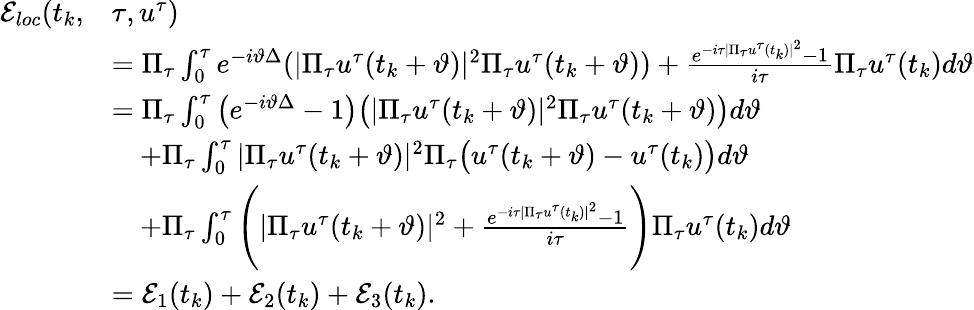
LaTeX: \begin{array}{rl}{\mathcal{E}_{loc}(t_{k},}&{\tau,u^{\tau})}\\ &{=\Pi_{\tau}\int_{0}^{\tau}e^{-i\vartheta\Delta}(|\Pi_{\tau}u^{\tau}(t_{k}+\vartheta)|^{2}\Pi_{\tau}u^{\tau}(t_{k}+\vartheta))+\frac{e^{-i\tau|\Pi_{\tau}u^{\tau}(t_{k})|^{2}}-1}{i\tau}\Pi_{\tau}u^{\tau}(t_{k})d\vartheta}\\ &{=\Pi_{\tau}\int_{0}^{\tau}\big(e^{-i\vartheta\Delta}-1\big)\big(|\Pi_{\tau}u^{\tau}(t_{k}+\vartheta)|^{2}\Pi_{\tau}u^{\tau}(t_{k}+\vartheta)\big)d\vartheta}\\ &{\quad+\Pi_{\tau}\int_{0}^{\tau}|\Pi_{\tau}u^{\tau}(t_{k}+\vartheta)|^{2}\Pi_{\tau}\big(u^{\tau}(t_{k}+\vartheta)-u^{\tau}(t_{k})\big)d\vartheta}\\ &{\quad+\Pi_{\tau}\int_{0}^{\tau}\Bigg(|\Pi_{\tau}u^{\tau}(t_{k}+\vartheta)|^{2}+\frac{e^{-i\tau|\Pi_{\tau}u^{\tau}(t_{k})|^{2}}-1}{i\tau}\Bigg)\Pi_{\tau}u^{\tau}(t_{k})d\vartheta}\\ &{=\mathcal{E}_{1}(t_{k})+\mathcal{E}_{2}(t_{k})+\mathcal{E}_{3}(t_{k}).}\end{array}